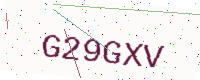
Text: G29GXV